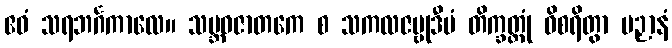
ဧဝံ သရဘင်္ဂကာလေ။ သမ္ဘဝဇာတကေ စ သကလဇမ္ဗုဒီပံ တိက္ခတ္တုံ ဝိစရိတွာ ပဉှာနံ